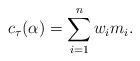
LaTeX: \begin{align*}c_\tau(\alpha) = \sum_{i=1}^nw_im_i.\end{align*}